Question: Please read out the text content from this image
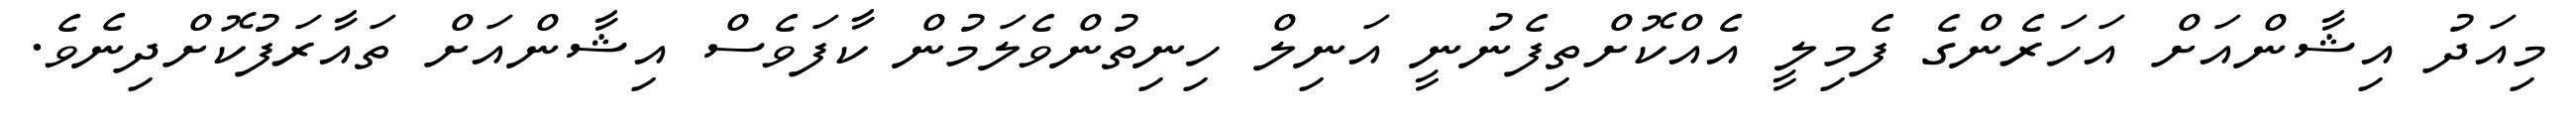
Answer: މިއަދު އިޝާންއަށް އަހަރެންގެ ފެމިލީ އެއްކޮށްތިފެނުނީ އަނިލް ހިނިތުންވެލަމުން ކާފަވެސް އިޝާންއަށް ތައާރަފުކޮށްދިނެވެ.